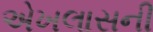
એખલાસની